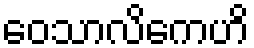
ဝေသာလိကေဟိ